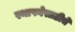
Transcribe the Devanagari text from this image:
स्थापनेसाठीचे